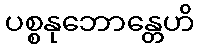
ပစ္စနုဘောန္တေဟိ